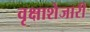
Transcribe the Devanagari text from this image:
वृक्षाशेजारी